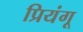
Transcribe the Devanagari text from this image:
प्रियंगू